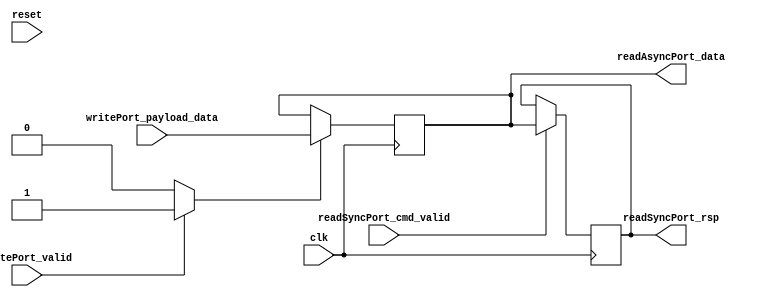
// Generator : SpinalHDL v1.4.3    git head : adf552d8f500e7419fff395b7049228e4bc5de26
// Component : unnamed
// Git hash  : adf552d8f500e7419fff395b7049228e4bc5de26



module unnamed (
  input               writePort_valid,
  input      [7:0]    writePort_payload_data,
  input               readSyncPort_cmd_valid,
  output     [7:0]    readSyncPort_rsp,
  output     [7:0]    readAsyncPort_data,
  input               clk,
  input               reset
);
  reg                 _zz_1;
  wire       [7:0]    _zz_2;
  reg        [7:0]    _zz_3 = 8'b00000000;
  reg        [7:0]    _zz_4;

  always @ (*) begin
    _zz_1 = 1'b0;
    if(writePort_valid)begin
      _zz_1 = 1'b1;
    end
  end

  assign readSyncPort_rsp = _zz_4;
  assign readAsyncPort_data = _zz_2;
  assign _zz_2 = _zz_3;
  always @ (posedge clk) begin
    if(_zz_1)begin
      _zz_3 <= writePort_payload_data;
    end
    if(readSyncPort_cmd_valid)begin
      _zz_4 <= _zz_2;
    end
  end


endmodule